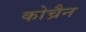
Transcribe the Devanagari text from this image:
कोच्रैन